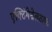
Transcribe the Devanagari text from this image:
एक्टिंगेसेलशाफ्ट